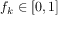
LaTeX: f _ { k } \in [ 0 , 1 ]